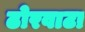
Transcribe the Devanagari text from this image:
ढोरवाटा